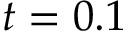
t = 0 . 1